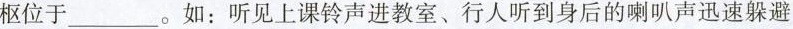
枢位于___。如：听见上课铃声进教室、行人听到身后的喇叭声迅速躲避